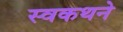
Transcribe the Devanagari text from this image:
स्वकथने